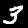
Digit: 3